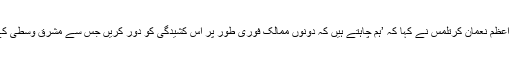
خبررساں اداروں کے مطابق ترک نائب وزیر اعظم نعمان کرتلمس نے کہا کہ ’ہم چاہتے ہیں کہ دونوں ممالک فوری طور پر اس کشیدگی کو دور کریں جس سے مشرق وسطیٰ کے پہلے سے ہی کشیدہ حالات میں اضافہ ہوگا۔